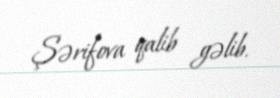
Şərifova qalib gəlib.